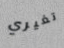
تغيري